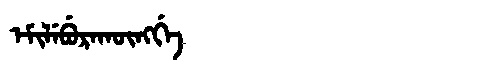
Manchu: ᡝᠮᡳᠯᡝᠪᡠᡵᠠᡴᡡᠩᡤᡝ
Romanization: EMILEBURAKŪNGGE